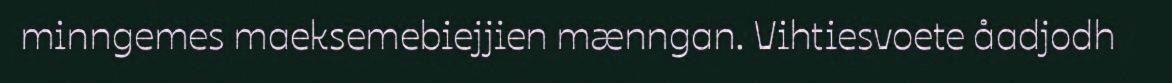
minngemes maeksemebiejjien mænngan. Vihtiesvoete åadjodh